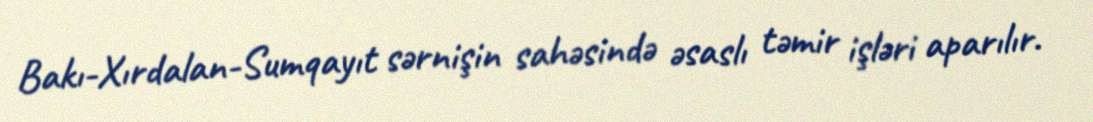
Bakı-Xırdalan-Sumqayıt sərnişin sahəsində əsaslı təmir işləri aparılır.